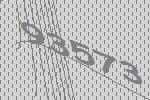
93573